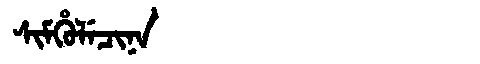
Manchu: ᠰᡳᠮᡥᡠᠯᡝᠴᡳᠨᠠ
Romanization: SIMHULECINA